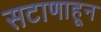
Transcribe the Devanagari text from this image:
सटाणाहून